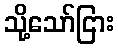
သို့သော်ငြား